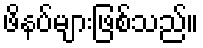
ဖိနပ်များဖြစ်သည်။